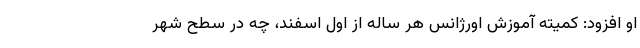
او افزود: کمیته آموزش اورژانس هر ساله از اول اسفند، چه در سطح شهر